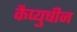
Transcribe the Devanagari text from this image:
कैप्युषीन